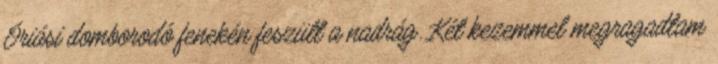
Óriási domborodó fenekén feszült a nadrág. Két kezemmel megragadtam